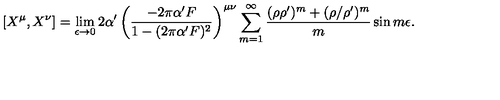
\left[ X ^ { \mu } , X ^ { \nu } \right] = \lim _ { \epsilon \rightarrow 0 } 2 \alpha ^ { \prime } \left( \frac { - 2 \pi \alpha ^ { \prime } F } { 1 - ( 2 \pi \alpha ^ { \prime } F ) ^ { 2 } } \right) ^ { \mu \nu } \sum _ { m = 1 } ^ { \infty } \frac { ( \rho \rho ^ { \prime } ) ^ { m } + ( \rho / \rho ^ { \prime } ) ^ { m } } { m } \sin m \epsilon .